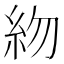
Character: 𥾸